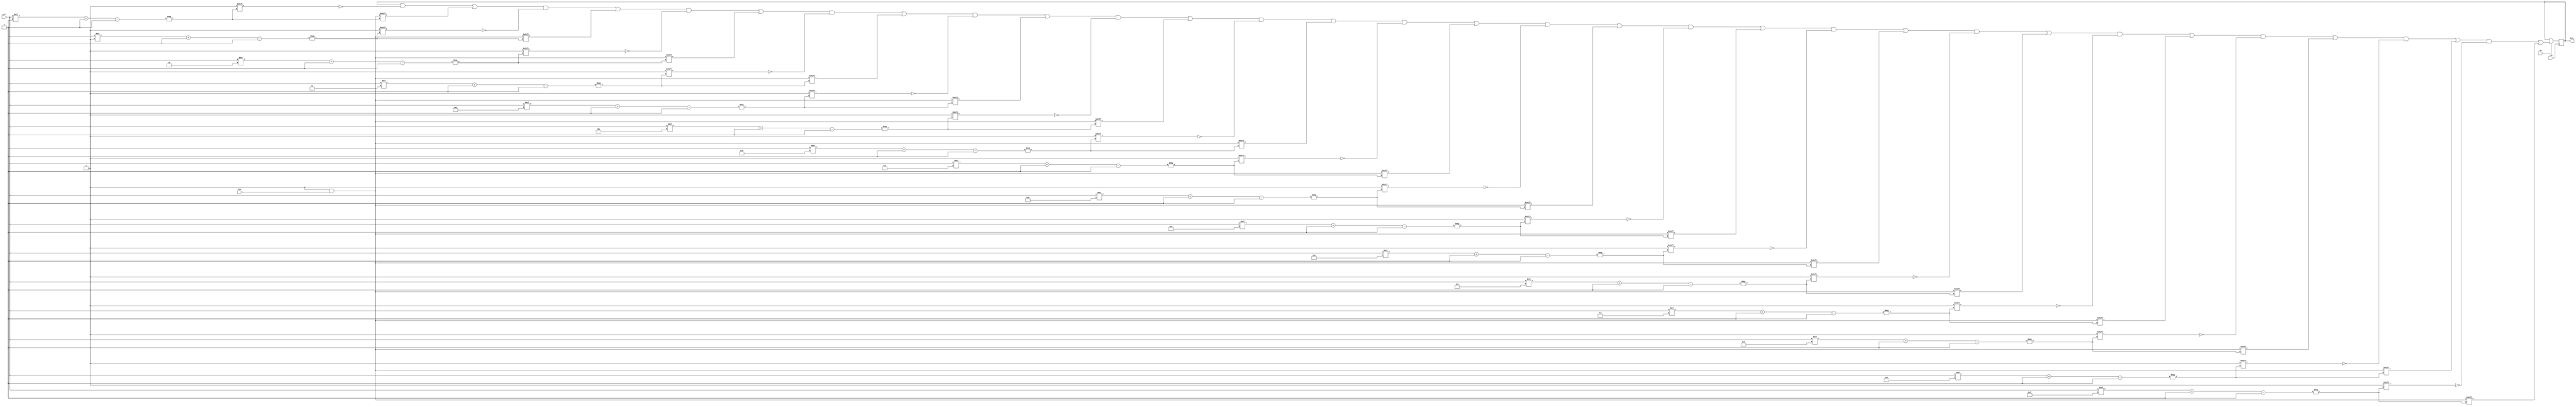
`default_nettype none
module forloop_select #(parameter WIDTH=16, SELW=4, CTRLW=$clog2(WIDTH), DINW=2**SELW)
   (input wire             clk,
    input wire [CTRLW-1:0] ctrl,
    input wire [DINW-1:0]  din,
    input wire             en,
    output reg [WIDTH-1:0] dout);

   reg [SELW:0]            sel;
   localparam SLICE = WIDTH/(SELW**2);

   always @(posedge clk)
     begin
        if (en) begin
           for (sel = 0; sel <= 4'hf; sel=sel+1'b1)
             dout[(ctrl*sel)+:SLICE] <= din;
        end
     end
endmodule